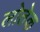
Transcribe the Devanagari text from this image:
लोतेक